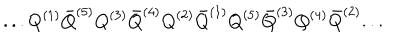
LaTeX: . . . Q ^ { ( 1 ) } { \bar { Q } } ^ { ( 5 ) } Q ^ { ( 3 ) } { \bar { Q } } ^ { ( 4 ) } Q ^ { ( 2 ) } { \bar { Q } } ^ { ( 1 ) } Q ^ { ( 5 ) } { \bar { Q } } ^ { ( 3 ) } Q ^ { ( 4 ) } { \bar { Q } } ^ { ( 2 ) } . . .